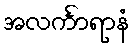
အလင်္ကာရာနံ